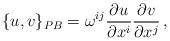
LaTeX: \begin{align*}\{u,v\}_{PB} = \omega^{ij} {\partial u\over\partial x^i}{\partial v\over\partial x^j}\,,\end{align*}